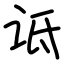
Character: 诋